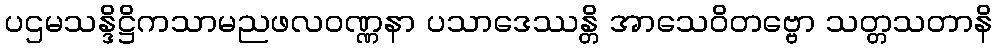
ပဌမသန္ဒိဋ္ဌိကသာမညဖလဝဏ္ဏနာ ပသာဒေဿန္တိ အာသေဝိတဗ္ဗော သတ္တသတာနိ